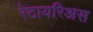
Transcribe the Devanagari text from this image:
रेटायरिअस